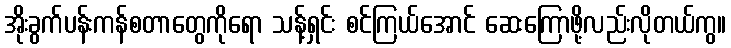
အိုးခွက်ပန်းကန်စတာတွေကိုရော သန့်ရှင်း စင်ကြယ်အောင် ဆေးကြောဖို့လည်းလိုတယ်ကွ။